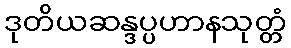
ဒုတိယဆန္ဒပ္ပဟာနသုတ္တံ